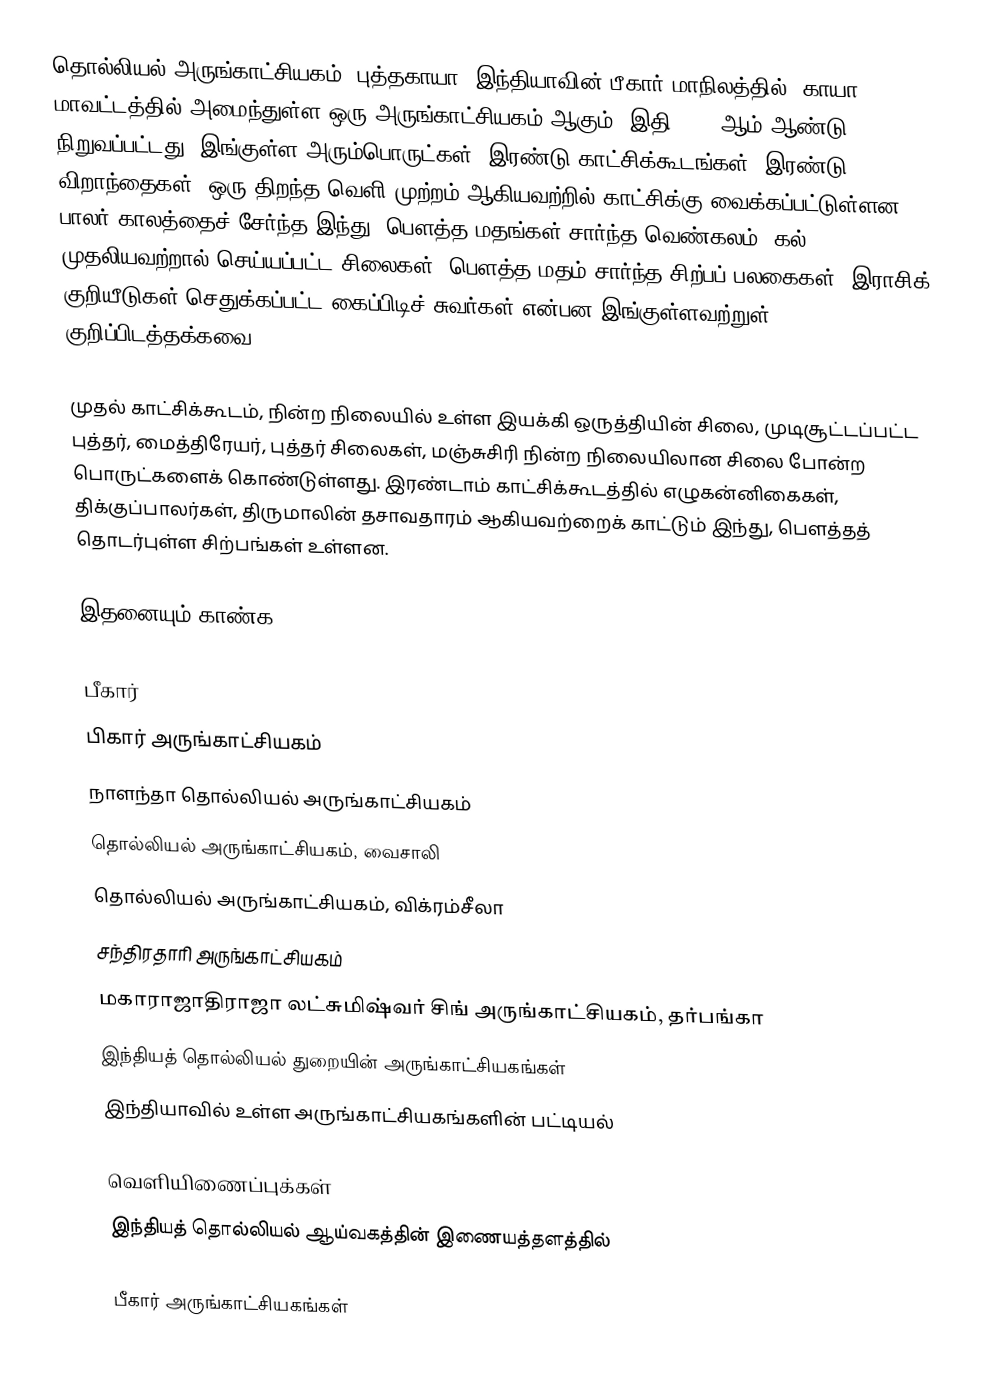
தொல்லியல் அருங்காட்சியகம், புத்தகாயா, இந்தியாவின் பீகார் மாநிலத்தில், காயா மாவட்டத்தில் அமைந்துள்ள ஒரு அருங்காட்சியகம் ஆகும். இதி 1956 ஆம் ஆண்டு நிறுவப்பட்டது. இங்குள்ள அரும்பொருட்கள், இரண்டு காட்சிக்கூடங்கள், இரண்டு விறாந்தைகள், ஒரு திறந்த வெளி முற்றம் ஆகியவற்றில் காட்சிக்கு வைக்கப்பட்டுள்ளன. பாலர் காலத்தைச் சேர்ந்த இந்து, பௌத்த மதங்கள் சார்ந்த வெண்கலம், கல் முதலியவற்றால் செய்யப்பட்ட சிலைகள்; பௌத்த மதம் சார்ந்த சிற்பப் பலகைகள், இராசிக் குறியீடுகள் செதுக்கப்பட்ட கைப்பிடிச் சுவர்கள் என்பன இங்குள்ளவற்றுள் குறிப்பிடத்தக்கவை.

முதல் காட்சிக்கூடம், நின்ற நிலையில் உள்ள இயக்கி ஒருத்தியின் சிலை, முடிசூட்டப்பட்ட புத்தர், மைத்திரேயர், புத்தர் சிலைகள், மஞ்சுசிரி நின்ற நிலையிலான சிலை போன்ற பொருட்களைக் கொண்டுள்ளது. இரண்டாம் காட்சிக்கூடத்தில் எழுகன்னிகைகள், திக்குப்பாலர்கள், திருமாலின் தசாவதாரம் ஆகியவற்றைக் காட்டும் இந்து, பௌத்தத் தொடர்புள்ள சிற்பங்கள் உள்ளன.

இதனையும் காண்க

பீகார்
 பிகார் அருங்காட்சியகம்
 நாளந்தா தொல்லியல் அருங்காட்சியகம்
 தொல்லியல் அருங்காட்சியகம், வைசாலி
 தொல்லியல் அருங்காட்சியகம், விக்ரம்சீலா
 சந்திரதாரி அருங்காட்சியகம்
 மகாராஜாதிராஜா லட்சுமிஷ்வர் சிங் அருங்காட்சியகம், தர்பங்கா
 இந்தியத் தொல்லியல் துறையின் அருங்காட்சியகங்கள்
இந்தியாவில் உள்ள அருங்காட்சியகங்களின் பட்டியல்

வெளியிணைப்புக்கள்
 இந்தியத் தொல்லியல் ஆய்வகத்தின் இணையத்தளத்தில்

பீகார் அருங்காட்சியகங்கள்